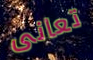
تعانى